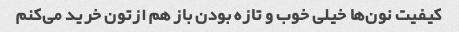
کیفیت نون‌ها خیلی خوب و تازه بودن باز هم ازتون خرید می‌کنم